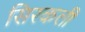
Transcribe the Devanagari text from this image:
सिरकली